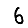
Digit: 6